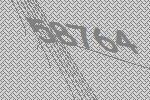
58764